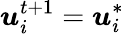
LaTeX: {\boldsymbol{u}}_{i}^{t+1}={\boldsymbol{u}}_{i}^{*}